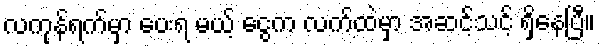
လကုန်ရက်မှာ ပေးရ မယ့် ငွေက လက်ထဲမှာ အဆင့်သင့် ရှိနေပြီ။